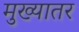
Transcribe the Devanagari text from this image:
मुख्यातर